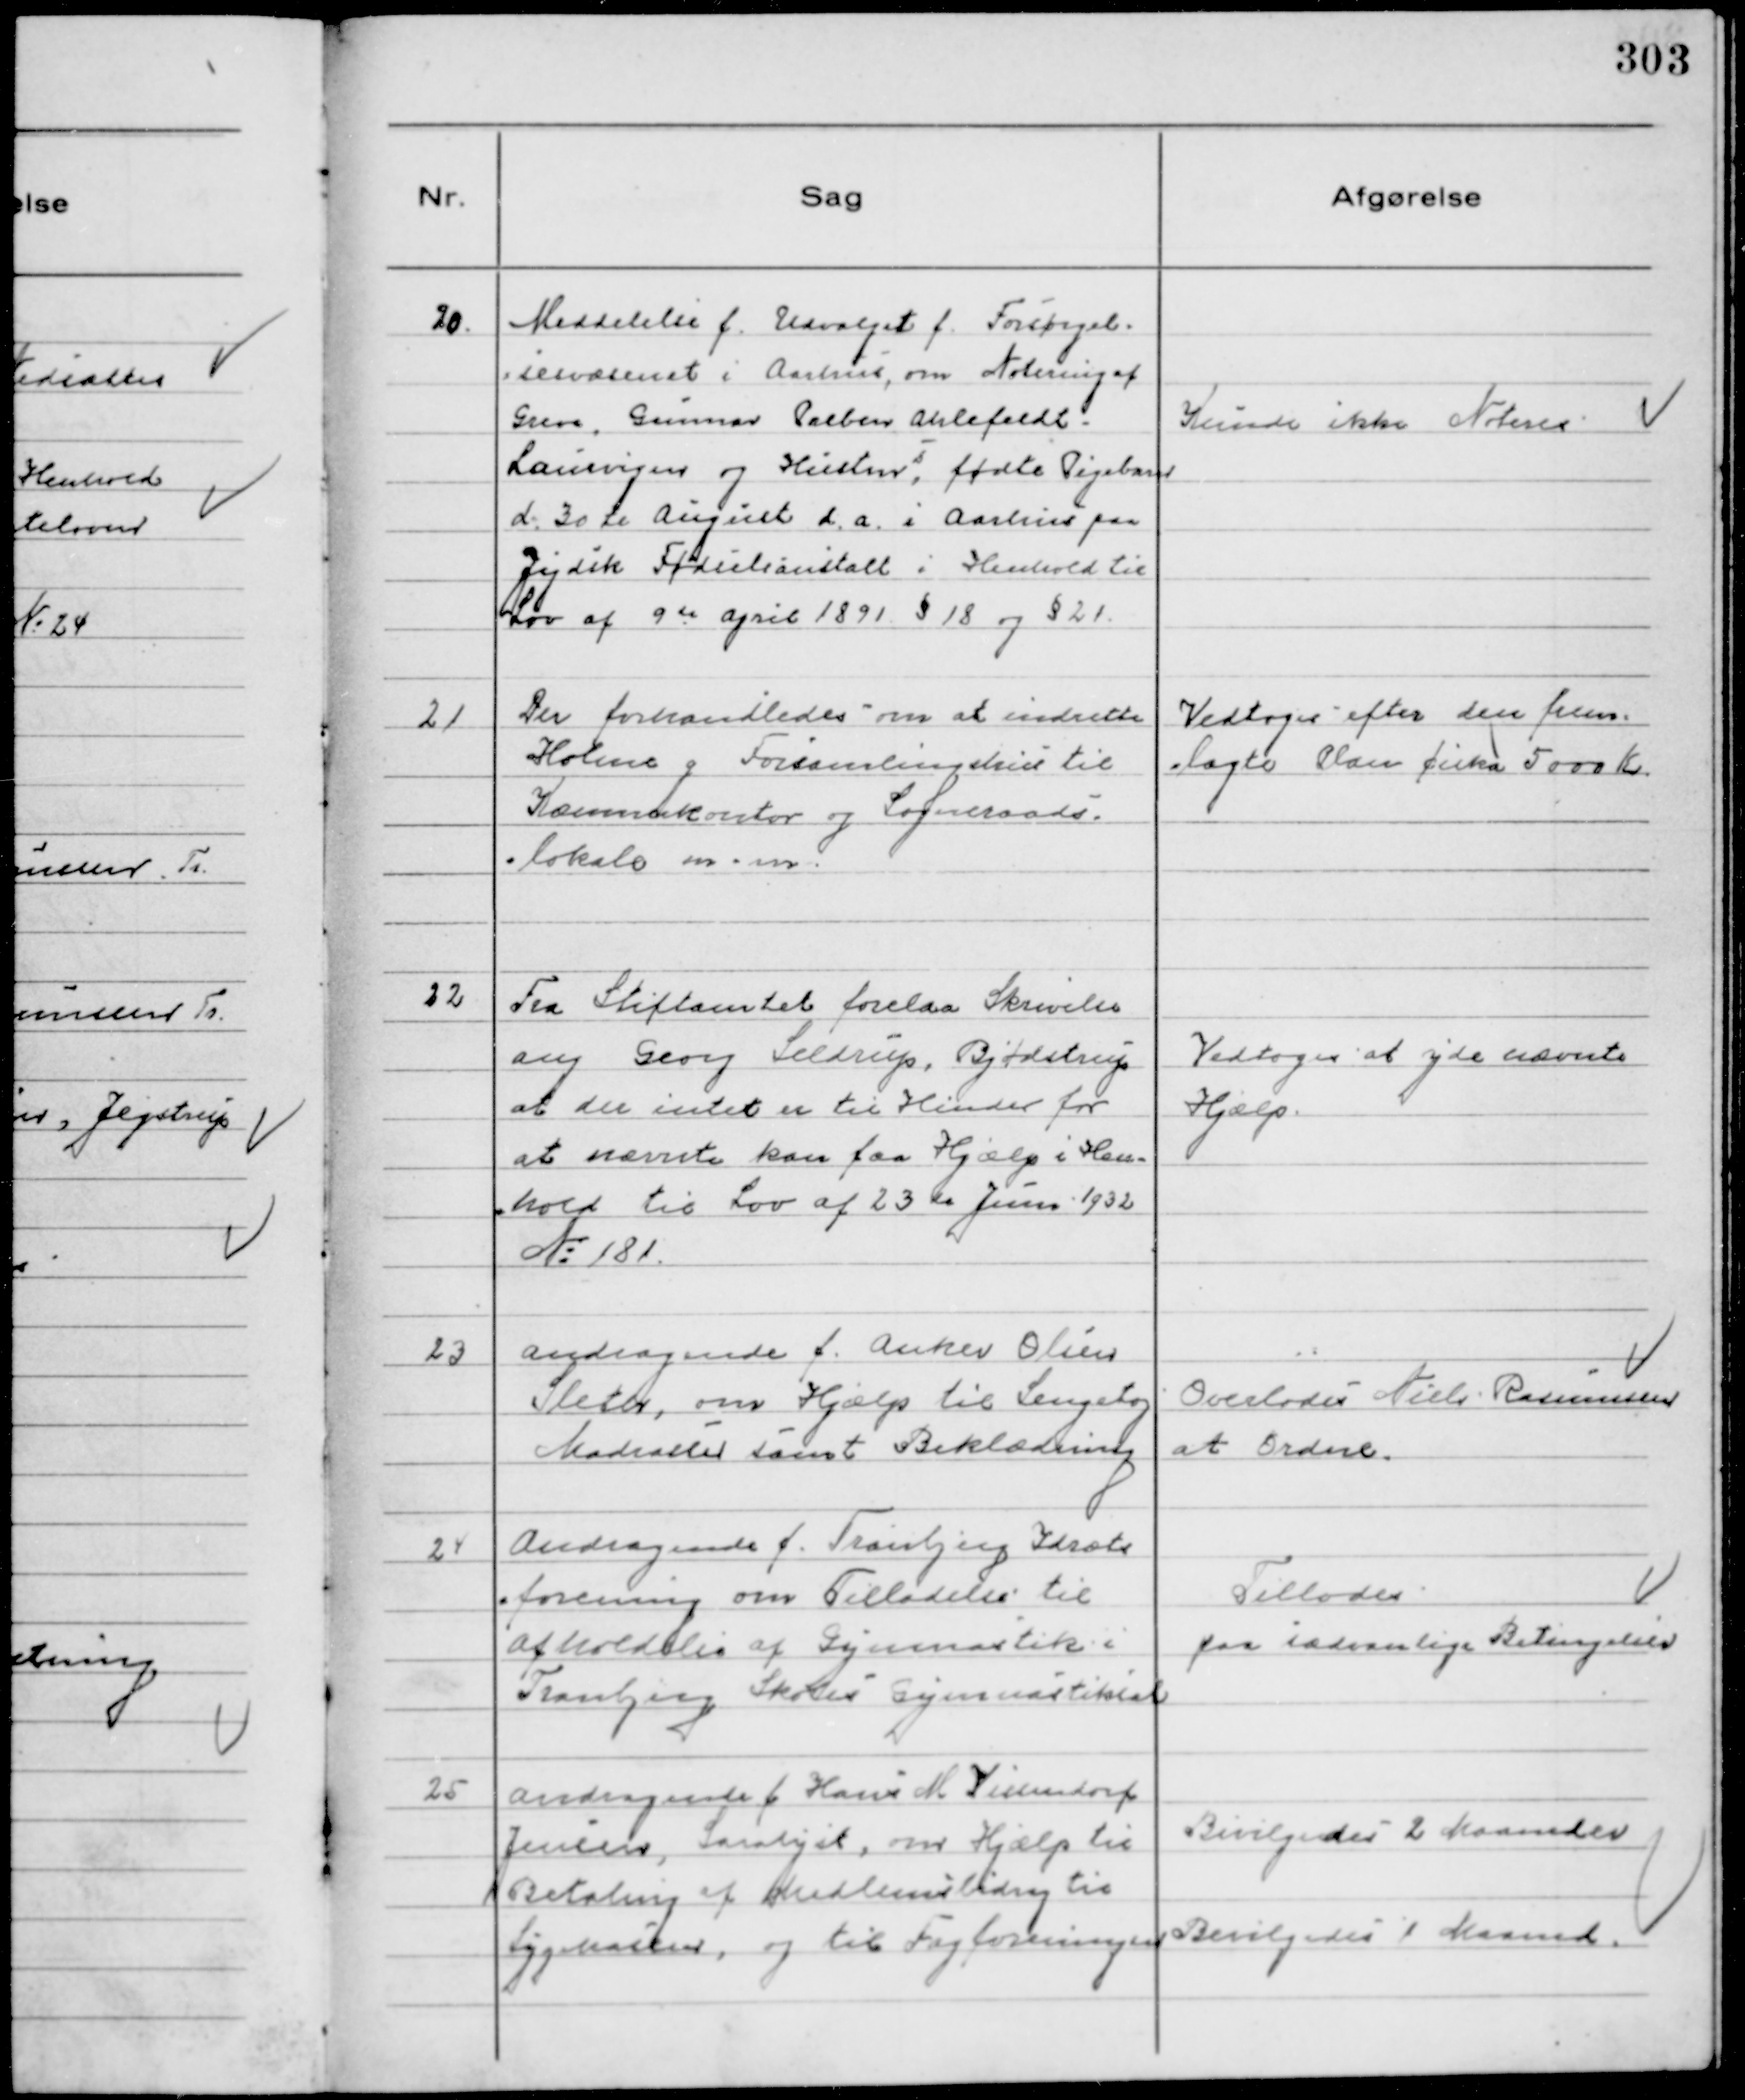
Transskription:
20.
Meddelelse f. Udvalget f. Forsørgel-
sesvæsenet i Aarhus, om Notering af
Greve Gunnar Preben Ahlefeldt-
Laurvigen og Hustrus, fødte Pigebarn
d. 30te August d.a. i Aarhus paa
Jydsk Fødselsanstalt i Henhold til
Lov af 9 de April 1891 § 18 og § 21

Kunde ikke Noteres

21
Der forhandledes om at indrette
Holme g Forsamlingshus til
Kæmnerkontor og Sogneraads-
lokale m.m.

Vedtoges efter den frem-
lagte Plan cirka 5000 Kr

22
Fra Stiftamtet forelaa Skrivelse
ang Georg Seldrup, Bjødstrup
at der intet er til Hinder for
at nævnte kan faa Hjælp i Hen-
hold til Lov af 23 de Juni 1932
№ 181.

Vedtoges at yde nævnte
Hjælp.

23
Andragende f. Anker Olsen
Sleth, om Hjælp til Sengetøj
Madrasser samt Beklædning

Overlodes Niels Rasmussen
at Ordne.

24
Andragende f. Tranbjerg Idræts
forening om Tilladelse til
afholdelse af Gymnastik i
Tranbjerg Skoles Gymnastiksal

Tillodes
paa sædvanlige Betingelser

25
Andragende f. Hans M Vissendorf
Jensen, Saralyst, om Hjælp til
Betaling af Medlemsbidrag til
Sygekassen, og til Fagforeningen

Bevilgedes 2 Maaneder
Bevilgedes 1 Maaned